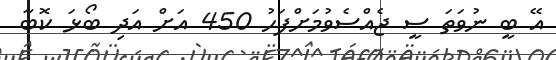
އޭ ބީ ނުވަތަ ސީ ޖެއްސެވުމަށްފަހު 450 އަށް އަދި ބޯޅަ ކޮބާ